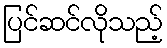
ပြင်ဆင်လိုသည့်